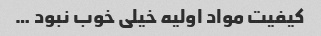
کیفیت مواد اولیه خیلی خوب نبود …